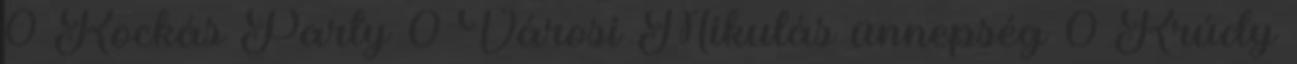
0 Kockás Party 0 Városi Mikulás ünnepség 0 Krúdy